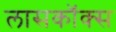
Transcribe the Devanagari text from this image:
लासकॉक्स